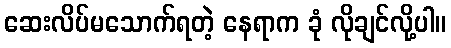
ဆေးလိပ်မသောက်ရတဲ့ နေရာက ခုံ လိုချင်လို့ပါ။